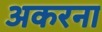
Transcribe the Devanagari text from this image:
अकरना